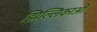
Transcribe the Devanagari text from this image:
झिल्लिकाओं